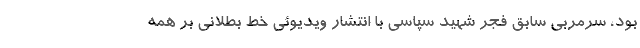
بود، سرمربی سابق فجر شهید سپاسی با انتشار ویدیوئی خط بطلانی بر همه